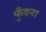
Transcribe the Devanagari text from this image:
फुँदना